Materia medica of Madras volume I
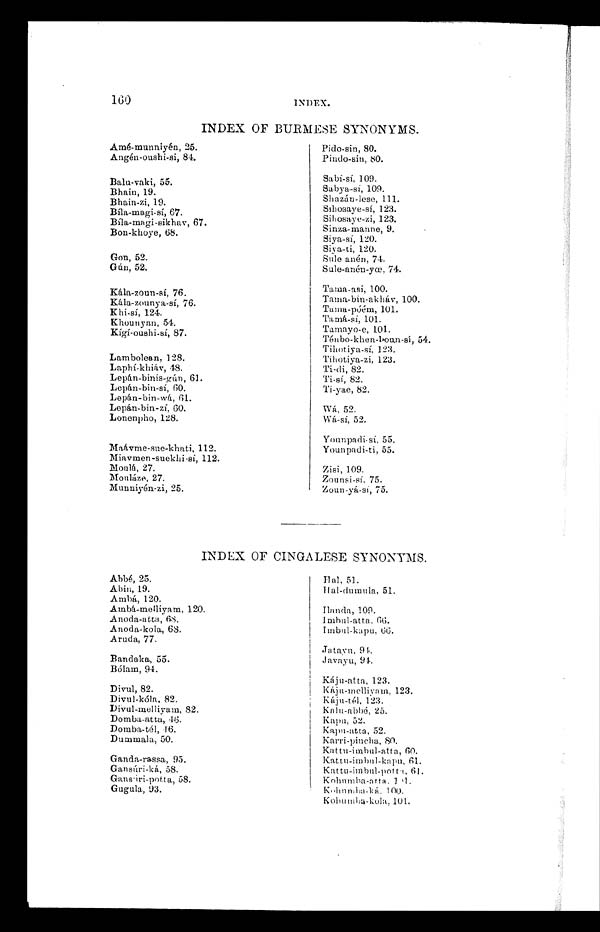
160
1N1)F.X.
Abbé, 25.
Abin, 19.
Ambá, 120.
Ambá-melliyam, 120.
Anoda-atta, 68.
Anoda-kola, 68.
Aruda, 77.
Bandaka, 55.
Bólam, 94.
Divul, 82.
Divul-kóla, 82.
Divul-melliyam, 82.
Domba-atta, 46.
Domba-tél, 16.
Dummala, 50.
Ganda-rassa, 95.
Gansúri-ká, 58.
Gansúri-potta, 58.
Gugula, 93.
Hal,51.
Hal-aldumula, 51.
Ilanda, 109.
Imbul-atta. 66.
Imbul-kapu, 66.
Jatayu, 94.
Javayu, 94.
Káju-atta, 123.
Kájn-melliyam, 123.
Káju-tél, 123.
Kalu-abbé, 25.
Kapu, 52.
Kapu-atta, 52.
Karri-pincha, 80.
Kattu-imbul-atta, 60.
Kattu-imbul-kapu, 61.
Kattu-imbul-potta, 61.
Kohumba-atta, 101.
Kohumba-ká, 100.
Kohumba-kola, 101.
INDEX OF BURMESE SYNONYMS.
Amé-munniyén, 25.
Angén-oushi-si, 84.
Balu-vaki, 55.
Bhain, 19.
Bhain-zi, 19.
Bíla-magi-sí, 67.
Bíla-magi-sikhav, 67.
Bon-khoye, 68.
Gon, 52.
Gún, 52.
Kála-zoun-sí, 76.
Kála-zounya-sí, 76.
Khi-sí, 124.
Khounyan, 54.
Kígí-oushi-sí, 87.
Lambolean, 128.
Laphí-khiáv, 48.
Lepán-binis-gún, 61.
Lepán-bin-sí, 60.
Lepán-bin-wá, 61.
Lepán-bin-zí, 60.
Lonenpho, 128.
Maávme-sue-khati, 112.
Miavmen-suekhi-sí, 112.
Moulá, 27.
Mouláze, 27.
Munniyén-zi, 25.
Pido-sin, 80.
Pindo-sin, 80.
Sabí-sí, 109.
Sabya-sí, 109.
Shazán-lese, 111.
Sihosaye-sí, 123.
Sihosaye-zi, 123.
Sinza-manne, 9.
Siya-sí, 120.
Siya-ti, 120.
Sule anén, 74.
Sule-anén-yœ, 74.
Tama-asi, 100.
Tama-bin-akháv, 100.
Tama-póém, 101.
Tamá-sí, 101.
Tamayo-e, 101.
Ténbo-khen-boun-sí, 54.
Tihotiya-sí, 123.
Tihotiya-zi, 123.
Ti-di, 82.
Ti-sí, 82.
Ti-yae, 82.
Wá, 52.
Wá-sí, 52.
Younpadi-sí, 55.
Younpadi-ti, 55.
Zisi, 109.
Zounsi-sí, 75.
Zoun-yá-si, 75.
INDEX OF CINGALESE SYNONYMS.